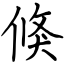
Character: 倏